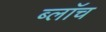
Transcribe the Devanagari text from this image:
ब्लाॅच